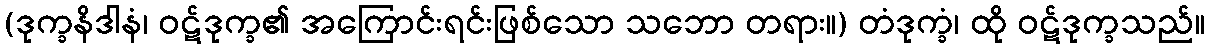
(ဒုက္ခနိဒါနံ၊ ဝဋ်ဒုက္ခ၏ အကြောင်းရင်းဖြစ်သော သဘော တရား။) တံဒုက္ခံ၊ ထို ဝဋ်ဒုက္ခသည်။